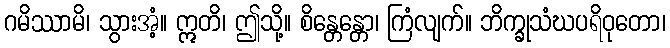
ဂမိဿာမိ၊ သွားအံ့။ ဣတိ၊ ဤသို့။ စိန္တေန္တော၊ ကြံလျက်။ ဘိက္ခုသံဃပရိဝုတော၊